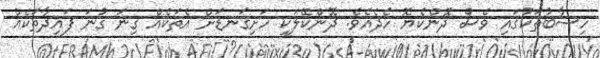
ހިސާބުތަކުގައި ވެސް ދޮންކެޔޮ ހެދެއެވެ. ދޮންކޭލަކީ ހަށިގަނޑަށް އެތަކެއް ގިނަ ގުނަ ފައިދާތަކެއް